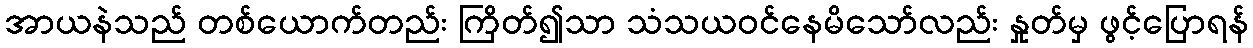
အာယနဲသည် တစ်ယောက်တည်း ကြိတ်၍သာ သံသယဝင်နေမိသော်လည်း နှုတ်မှ ဖွင့်ပြောရန်